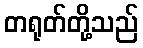
တရုတ်တို့သည်